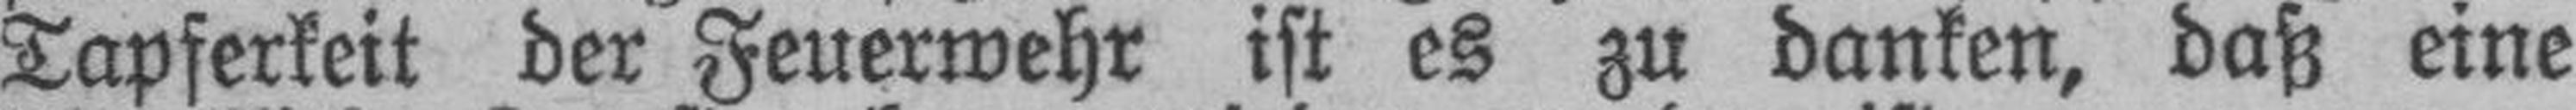
Tapferkeit der Feuerwehr ist es zu danken, daß eine